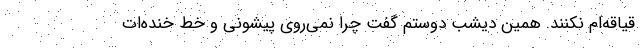
قیاقه‌ام نکنند. همین دیشب دوستم گفت چرا نمی‌روی پیشونی و خط خنده‌ات